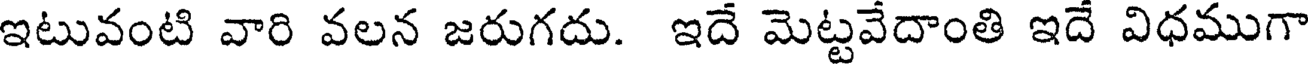
ఇటువంటి వారి వలన జరుగదు. ఇదే మెట్టవేదాంతి ఇదే విధముగా